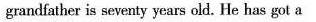
grandfather is seventy years old. He has got a